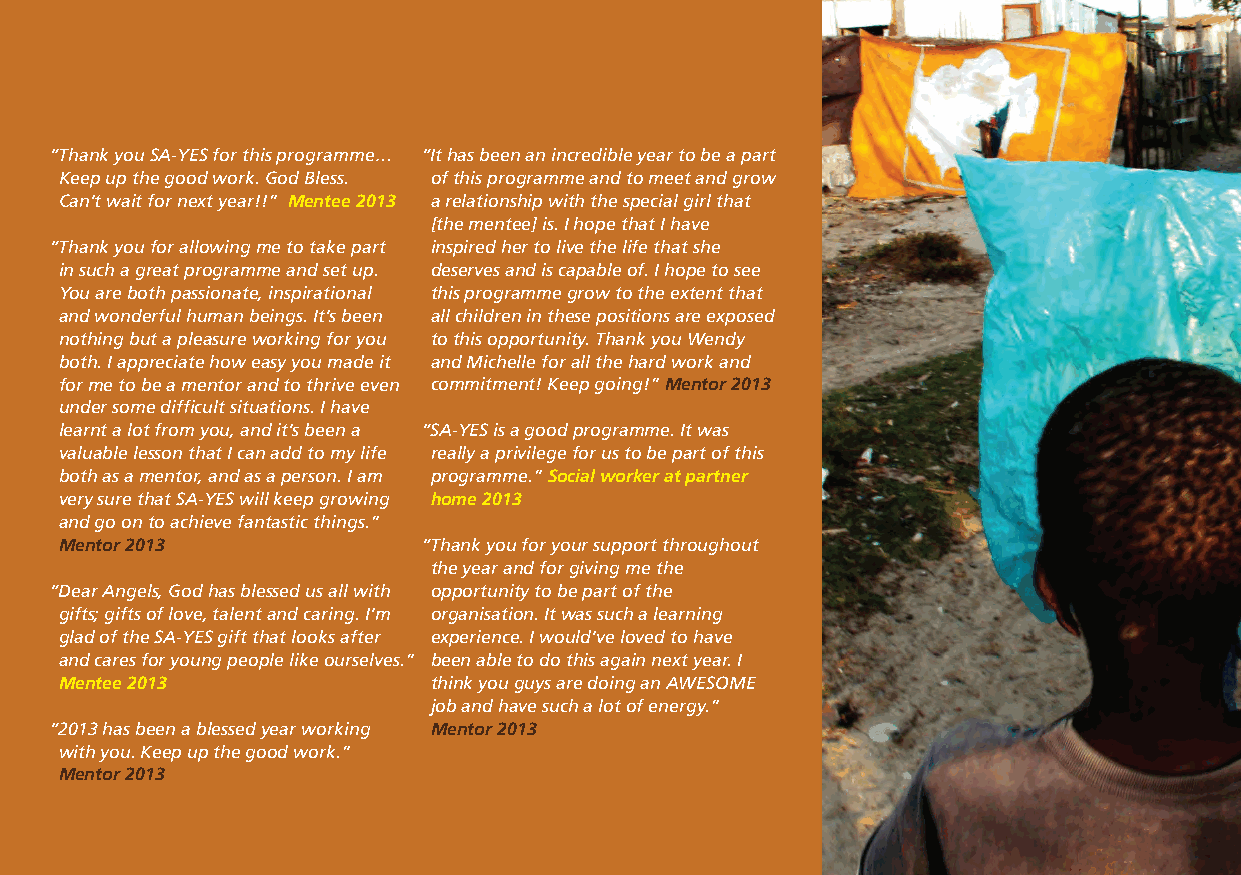
“Thank you SA-YES for this programme… “It has been an incredible year to be a part
 Keep up the good work. God Bless. of this programme and to meet and grow
 Can’t wait for next year!!” M entee 2013 a relationship with the special girl that
 [the mentee] is. I hope that I have
 “Thank you for allowing me to take part inspired her to live the life that she
 in such a great programme and set up. deserves and is capable of. I hope to see
 You are both passionate, inspirational this programme grow to the extent that
 and wonderful human beings. It’s been all children in these positions are exposed
 nothing but a pleasure working for you to this opportunity. Thank you Wendy
 both. I appreciate how easy you made it and Michelle for all the hard work and
 for me to be a mentor and to thrive even commitment! Keep going!” Mentor 2013
 under some difficult situations. I have
 learnt a lot from you, and it’s been a “SA-YES is a good programme. It was
 valuable lesson that I can add to my life really a privilege for us to be part of this
 both as a mentor, and as a person. I am programme.” Social worker at partner
 very sure that SA-YES will keep growing home 2013
 and go on to achieve fantastic things.”
 Mentor 2013             “Thank you for your support throughout
 the year and for giving me the
 “Dear Angels, God has blessed us all with opportunity to be part of the
 gifts; gifts of love, talent and caring. I’m organisation. It was such a learning
 glad of the SA-YES gift that looks after experience. I would’ve loved to have
 and cares for young people like ourselves.” been able to do this again next year. I
 Mentee 2013              think you guys are doing an AWESOME
 job and have such a lot of energy.”
 “2013 has been a blessed year working Mentor 2013
 with you. Keep up the good work.”
 Mentor 2013